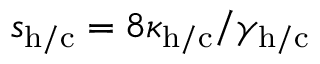
s _ { \mathrm { h / c } } = 8 \kappa _ { \mathrm { h / c } } / \gamma _ { \mathrm { h / c } }